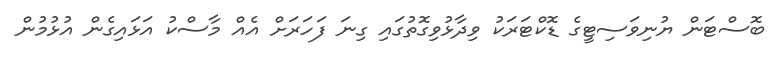
ބޮސްޓަން ޔުނިވަސިޓީގެ ޑޮކްޓަރަކު ވިދާޅުވިގޮތުގައި ގިނަ ފަހަރަށް އެއް މާސްކު އަޅައިގެން އުޅުމުން